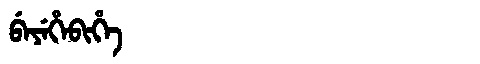
Manchu: ᠪᡝᠶᡝᡥᡝᠪᡳᡥᡝ
Romanization: BEYEHEBIHE